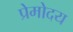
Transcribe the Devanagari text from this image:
प्रेमोदय